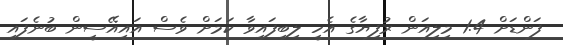
ފަންޑަށް 1.4 މިލިއަން ރުފިޔާގެ އެހީ ލިބިފައިވާ ކަމަށް ވެސް އައިއޭސީން ބުނެފައި